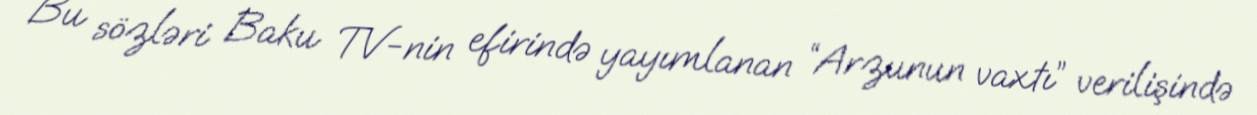
Bu sözləri Baku TV-nin efirində yayımlanan “Arzunun vaxtı” verilişində